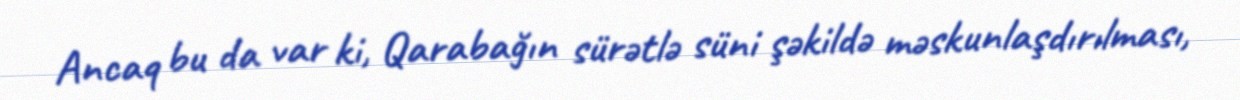
Ancaq bu da var ki, Qarabağın sürətlə süni şəkildə məskunlaşdırılması,